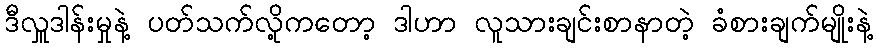
ဒီလှူဒါန်းမှုနဲ့ ပတ်သက်လို့ကတော့ ဒါဟာ လူသားချင်းစာနာတဲ့ ခံစားချက်မျိုးနဲ့